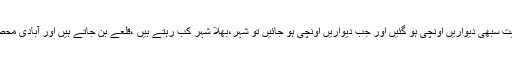
سرحد کالونی سمیت سبھی دیواریں اونچی ہو گئیں اور جب دیواریں اونچی ہو جائیں تو شہر،بھلا شہر کب رہتے ہیں ،قلعے بن جاتے ہیں اور آبادی محصور ہو جاتی ہے۔